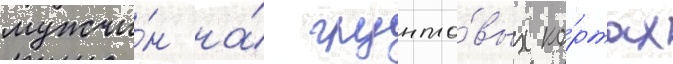
мужчи́н на́ грунто́вых ко́ртах